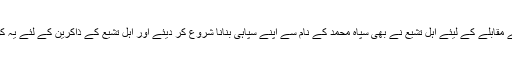
اس دوران ان سپاہیوں کے مقابلے کے لیئے اہل تشیع نے بھی سپاہ محمد کے نام سے اپنے سپاہی بنانا شروع کر دیئے اور اہل تشیع کے ذاکرین کے لئے یہ کوئی مشکل کام نہیں تھا ۔